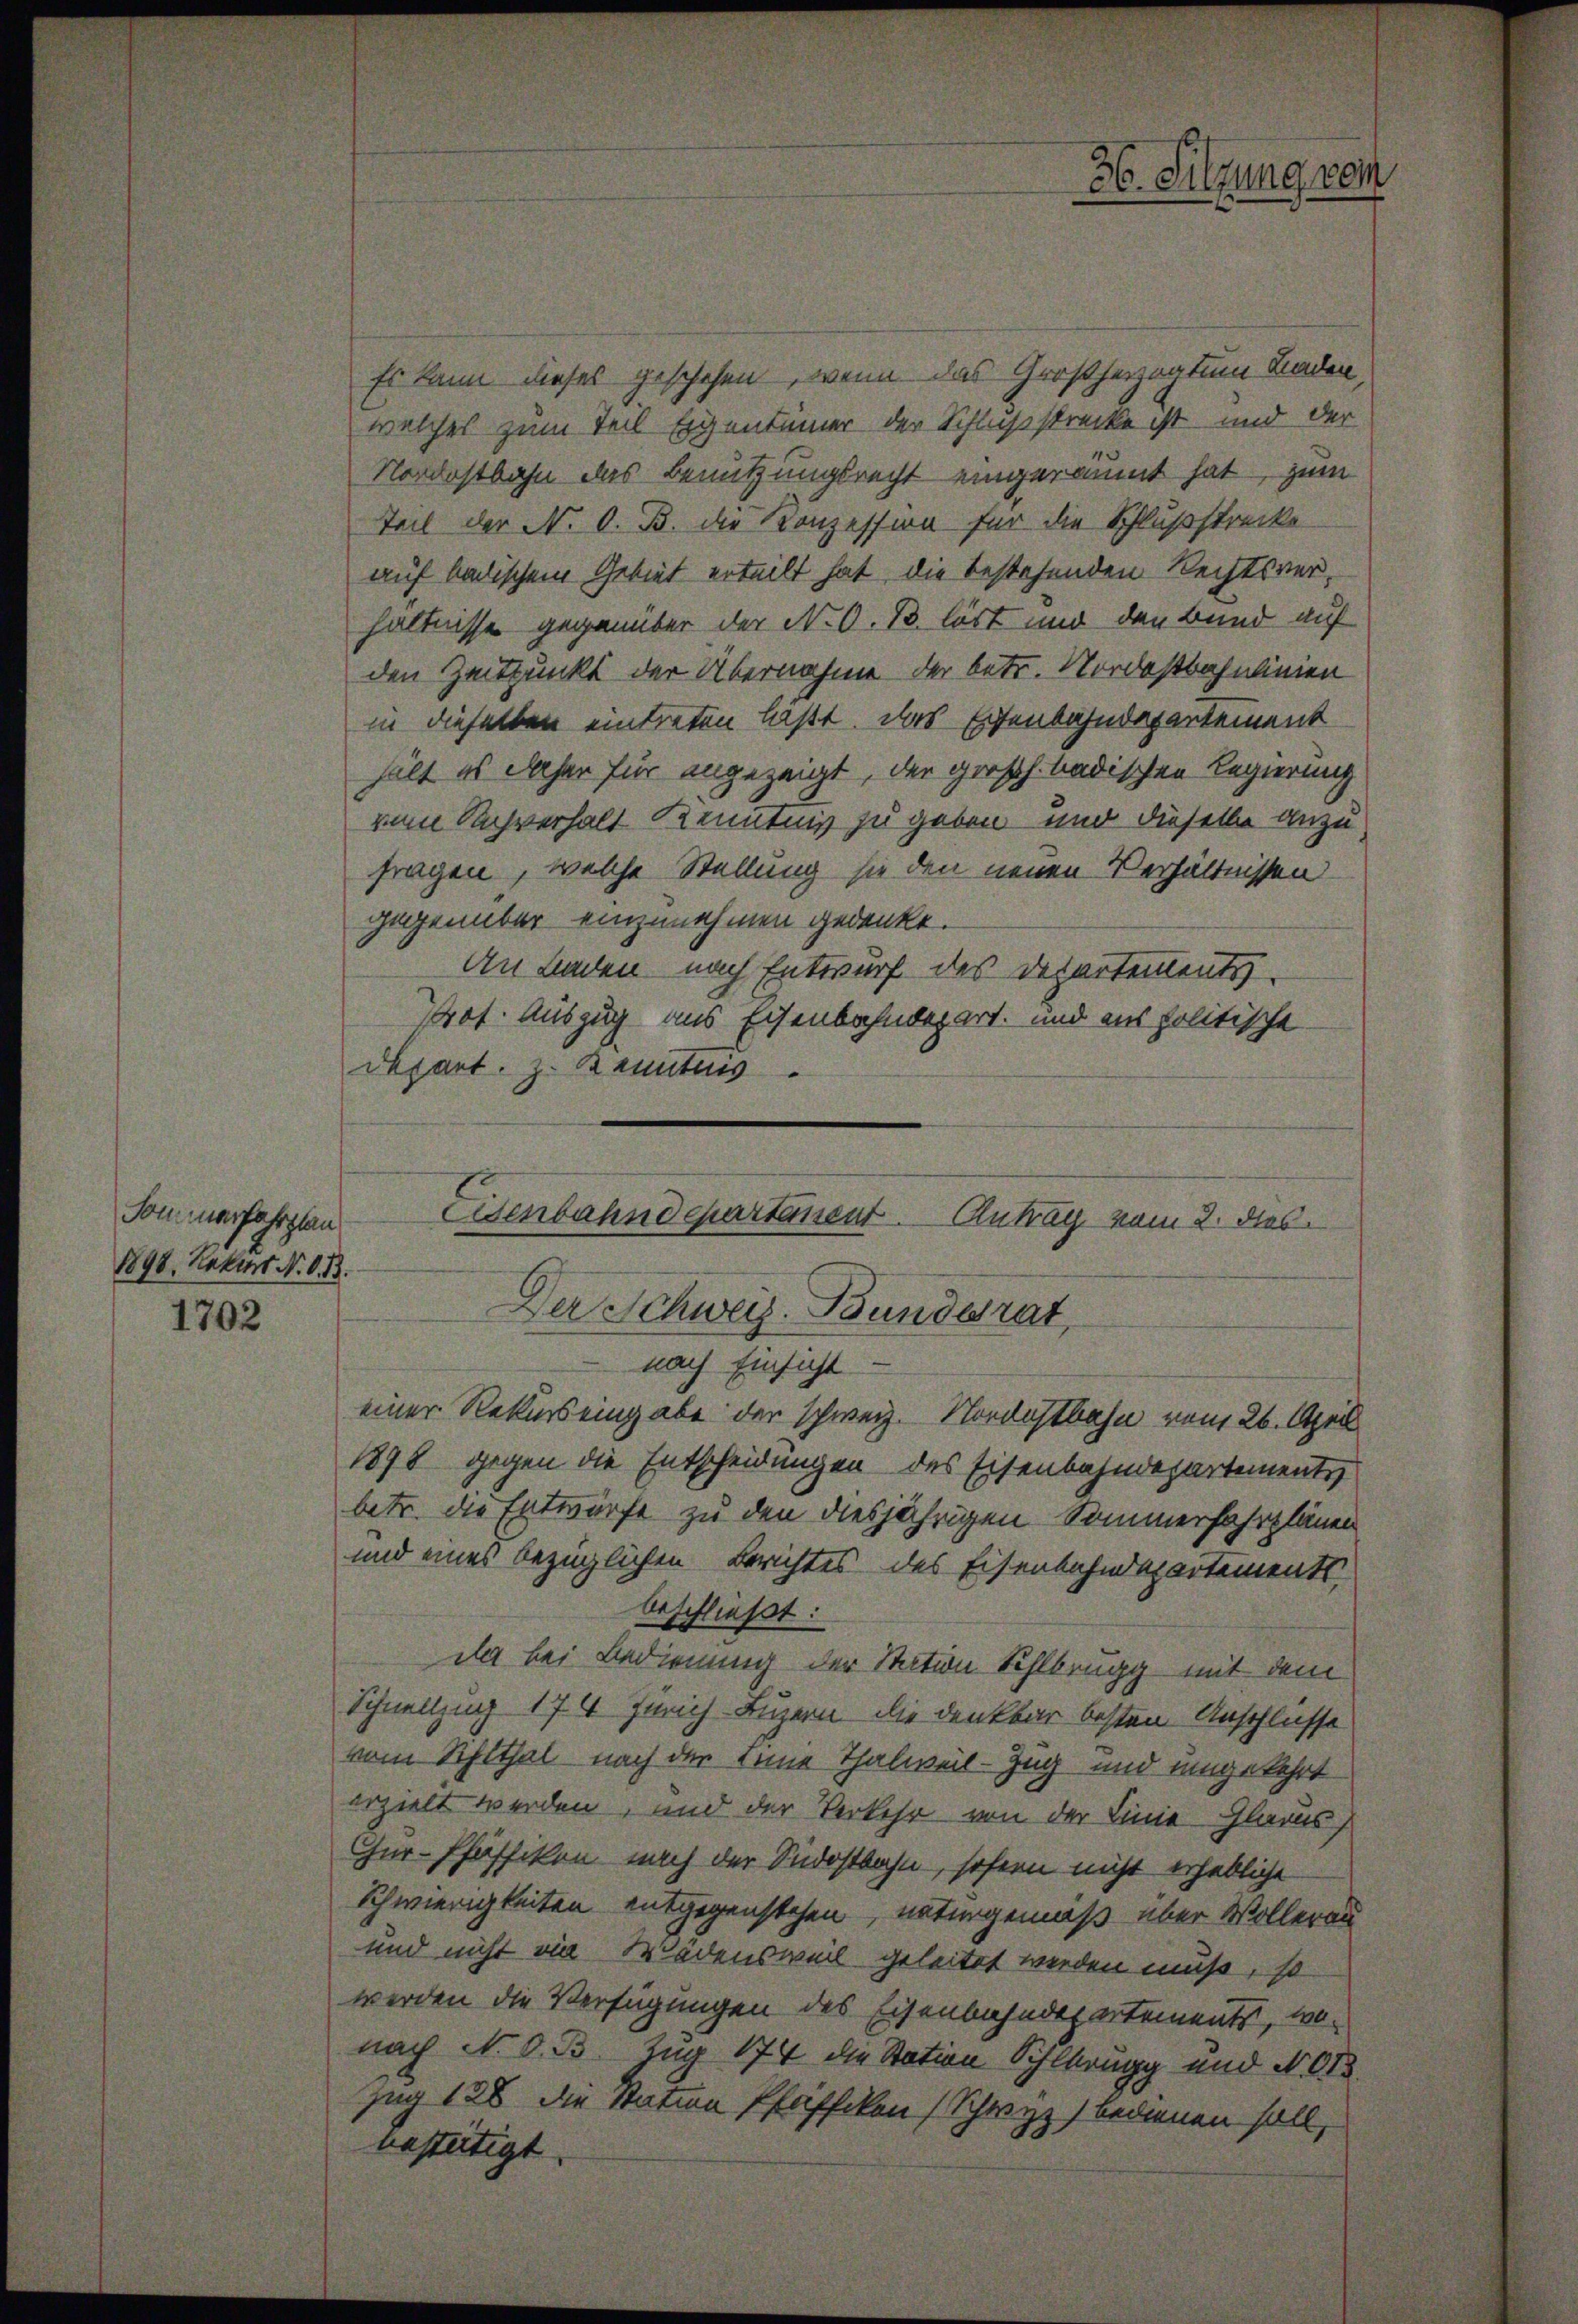
Sommerfahrplan
1898. Lektors N. O. B.

1702

Es kann dieses geschehen, wenn das Großherzogtum Laden,
welches zum Teil Eigentümer der Schlußstrecke ist und der
Nordostbahn das Benutzungsrecht eingeräumt hat, zum
Teil der N. O. B. die Konzession für die Schlußstrecke
auf badischem Gebiet erteilt hat die bestehenden Rechtsverhältnisse gegenüber der N. O. B. löst und den Bund auf
den Zeitpunkt der Übernahme der betr. Nordostbahnlinien
in dieselben eintreten laßt. Das Eisenbahndepartement
hält es daher für angezeigt, der großh. badischen Regierung
vom Sachverhalt Kenntnis zu geben und dieselbe anzufragen, welche Stellung sie den neuen Verhältnissen
gegenüber einzunehmen gedenkt.
An Landen nach Entwurf des Departements
Prof. Auszug aus Eisenbahndepart, und aus politische
depart. z. Banntes

36. Silzung vom

Genbahndepartanent. Antrag vom 2. dies
Der Schweiz. Bundesrat,
 nach Einsicht
einer Rekurs eingabe der schweiz. Nordostbahn vom 26. April

1898 gegen die Entscheidungen des Eisenbahndepartements
betr. die Entwürfe zu den diesjährigen Sommerfahrplänen
und eines bezüglichen Berichtes des Eisenbahndepartements
beschließt:
da bei Bedienung der Station Sihlbrugg mit dem
Schnellzung 174 Zürich Luzern die denkbar besten Anschlusse
vom Schlthal nach der Deine Thalweil-Zug und umgekehrt
erzielt werden, und der Verkehr von der Linie Glarus
Cur- Pfäffikon nach der Südostbahn, sofern nicht erhebliche
Schwierigkeiten entgegenstehen, naturgemäß über Wollerau
und nicht ein Wädensweil geleitet werden muß, so
werden die Verfügungen des Eisenbahndepartements, wonach N. O. B. Zug 174 die Station Sihlbrugg und No. 613.
Zug 128 die Station Pfaffikon (Schwyz) bedienen soll,
besteitigt.